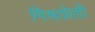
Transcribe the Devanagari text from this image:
मिश्रशेती